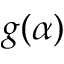
g ( \alpha )